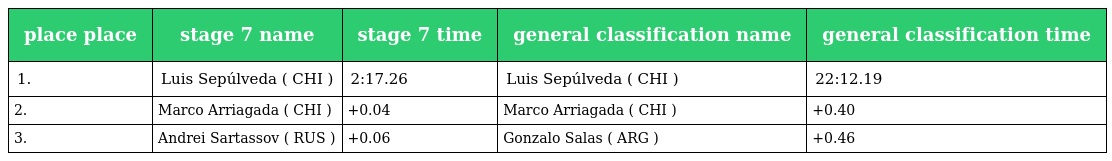
| place place | stage 7 name | stage 7 time | general classification name | general classification time |
 | --- | --- | --- | --- | --- |
 | 1. | Luis Sepúlveda ( CHI ) | 2:17.26 | Luis Sepúlveda ( CHI ) | 22:12.19 |
 | 2. | Marco Arriagada ( CHI ) | +0.04 | Marco Arriagada ( CHI ) | +0.40 |
 | 3. | Andrei Sartassov ( RUS ) | +0.06 | Gonzalo Salas ( ARG ) | +0.46 |